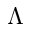
\Lambda